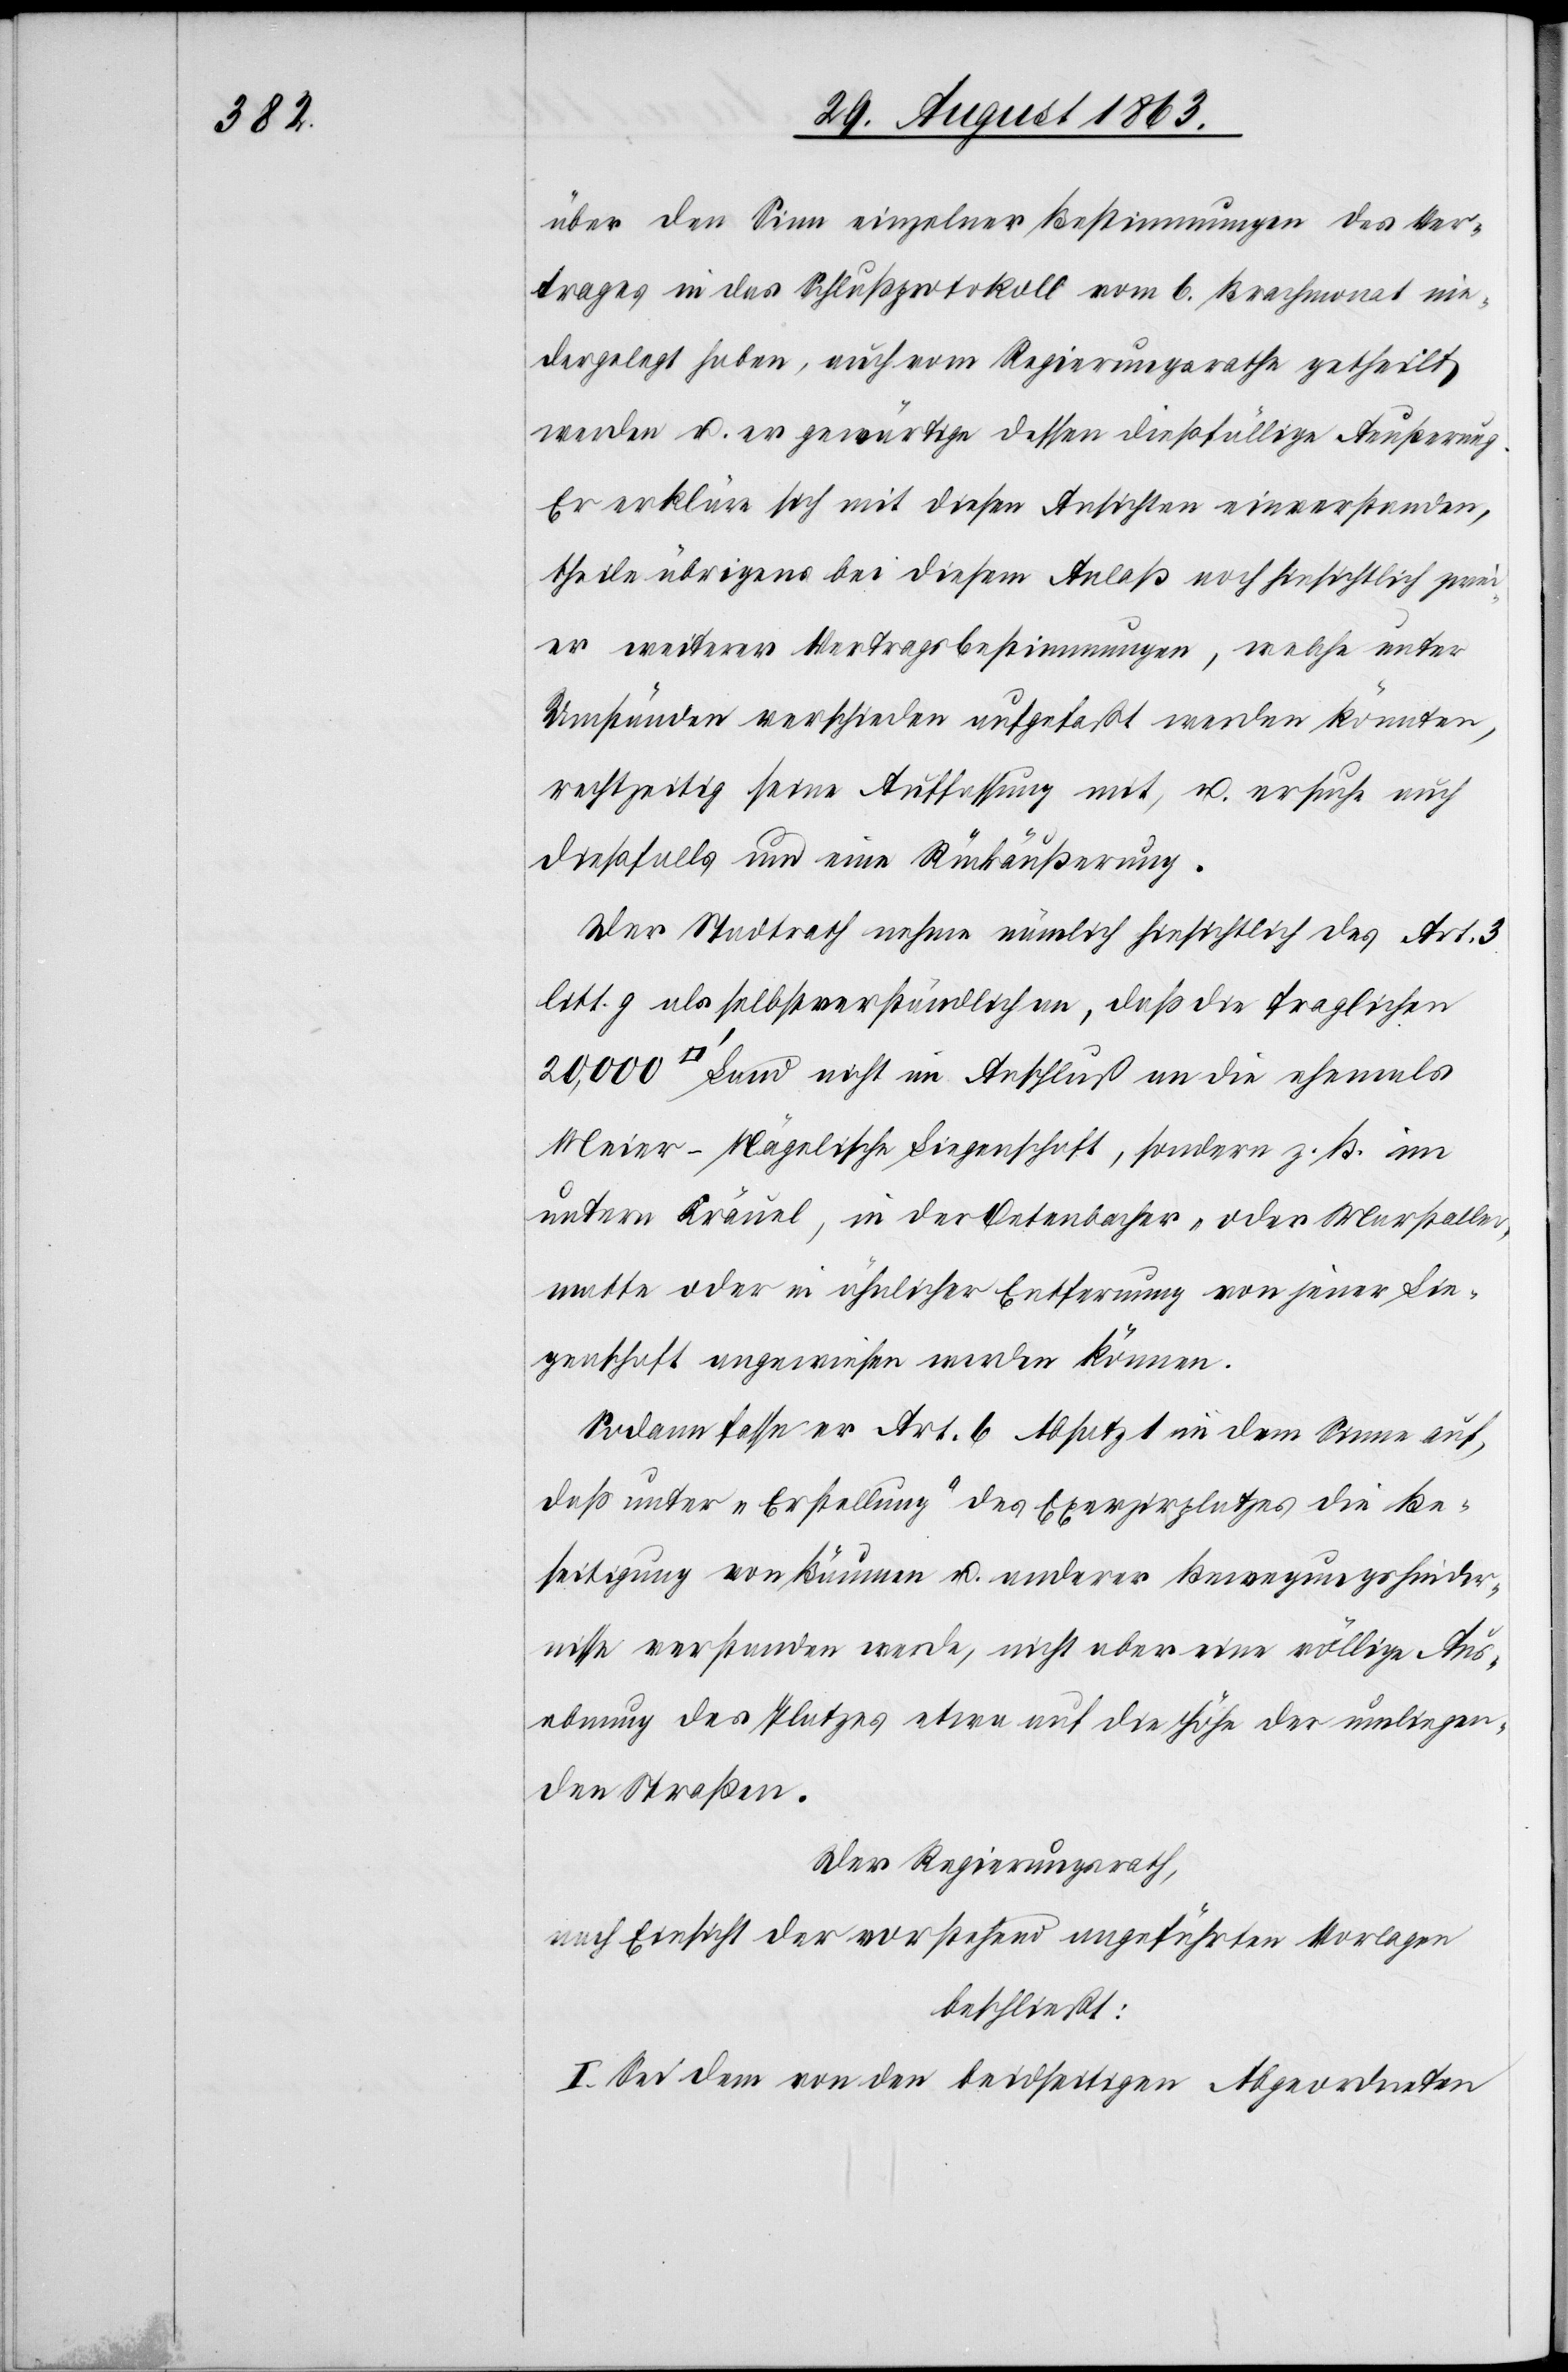
über den Sinn einzelner Bestimmungen des Ver¬
trages in das Schlußprotokoll vom 6. Brachmonat nie¬
dergelegt haben, auch vom Regierungsrathe getheilt
werden u. er gewärtige dessen dießfällige Aeußerung.
Er erkläre sich mit diesen Ansichten einverstanden,
theile übrigens bei diesem Anlaß noch hinsichtlich zwei¬
er weiterer Vertragsbestimmungen, welche unter
Umständen verschieden aufgefaßt werden könnten,
rechtzeitig seine Auffassung mit, u. ersuche auch
dießfalls um eine Rückäußerung.
Der Stadtrath nehme nämlich hinsichtlich des Art. 3
litt. g als selbstverständlich an, daß die fraglichen
Land nicht im Anschluß an die ehemals
Meier-Nägelische Liegenschaft, sondern z. B. im
untern Kräuel, in der Oetenbacher- oder Marstalle¬
rmatte oder in ähnlicher Entfernung von jener Lie¬
genschaft angewiesen werden können.
Sodann fasse er Art. 6 Absatz 1 in dem Sinne auf,
daß unter „Erstellung“ des Exerzirplatzes die Be¬
seitigung von Bäumen u. anderer Bewegungshinder¬
nisse verstanden werde, nicht aber eine völlige Aus¬
ebnung des Platzes etwa auf die Höhe der umliegen¬
den Straßen.
Der Regierungsrath,
nach Einsicht der vorstehend angeführten Vorlagen
beschließt:
I. Sei dem von den beidseitigen Abgeordneten